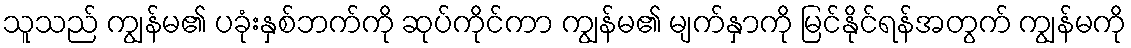
သူသည် ကျွန်မ၏ ပခုံးနှစ်ဘက်ကို ဆုပ်ကိုင်ကာ ကျွန်မ၏ မျက်နှာကို မြင်နိုင်ရန်အတွက် ကျွန်မကို